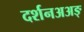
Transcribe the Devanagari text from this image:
दर्शनअअङ्